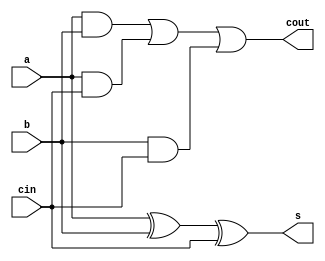
module full_adder(a, b, cin, s, cout);

    // Port connections
    input a, b, cin;
    output s, cout;

// Sum and carry-out logic
assign s = a ^ b ^ cin;
assign cout = (a & b) | (a & cin) | (b & cin);

endmodule